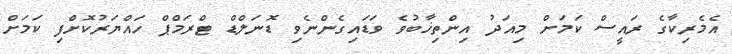
އެމެރިކާގެ ރައީސް ކަމަށް މިއަދު އިންތިޚާބުވެ ވަޑައިގެންނެވި ޑޮނަލްޑް ޓްރަމްޕް ހައްޔަރުކޮށްފި ކަމަށް